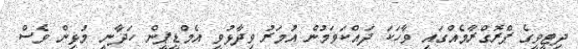
ދިޓީވީގެ ޕްރޮގްރާމެއްގައި ވާހަކަ ދައްކަވަމުން އުމަރު ވިދާޅުވީ އެމްޑީޕީން ހަދާނީ މުޅިން ވެސް